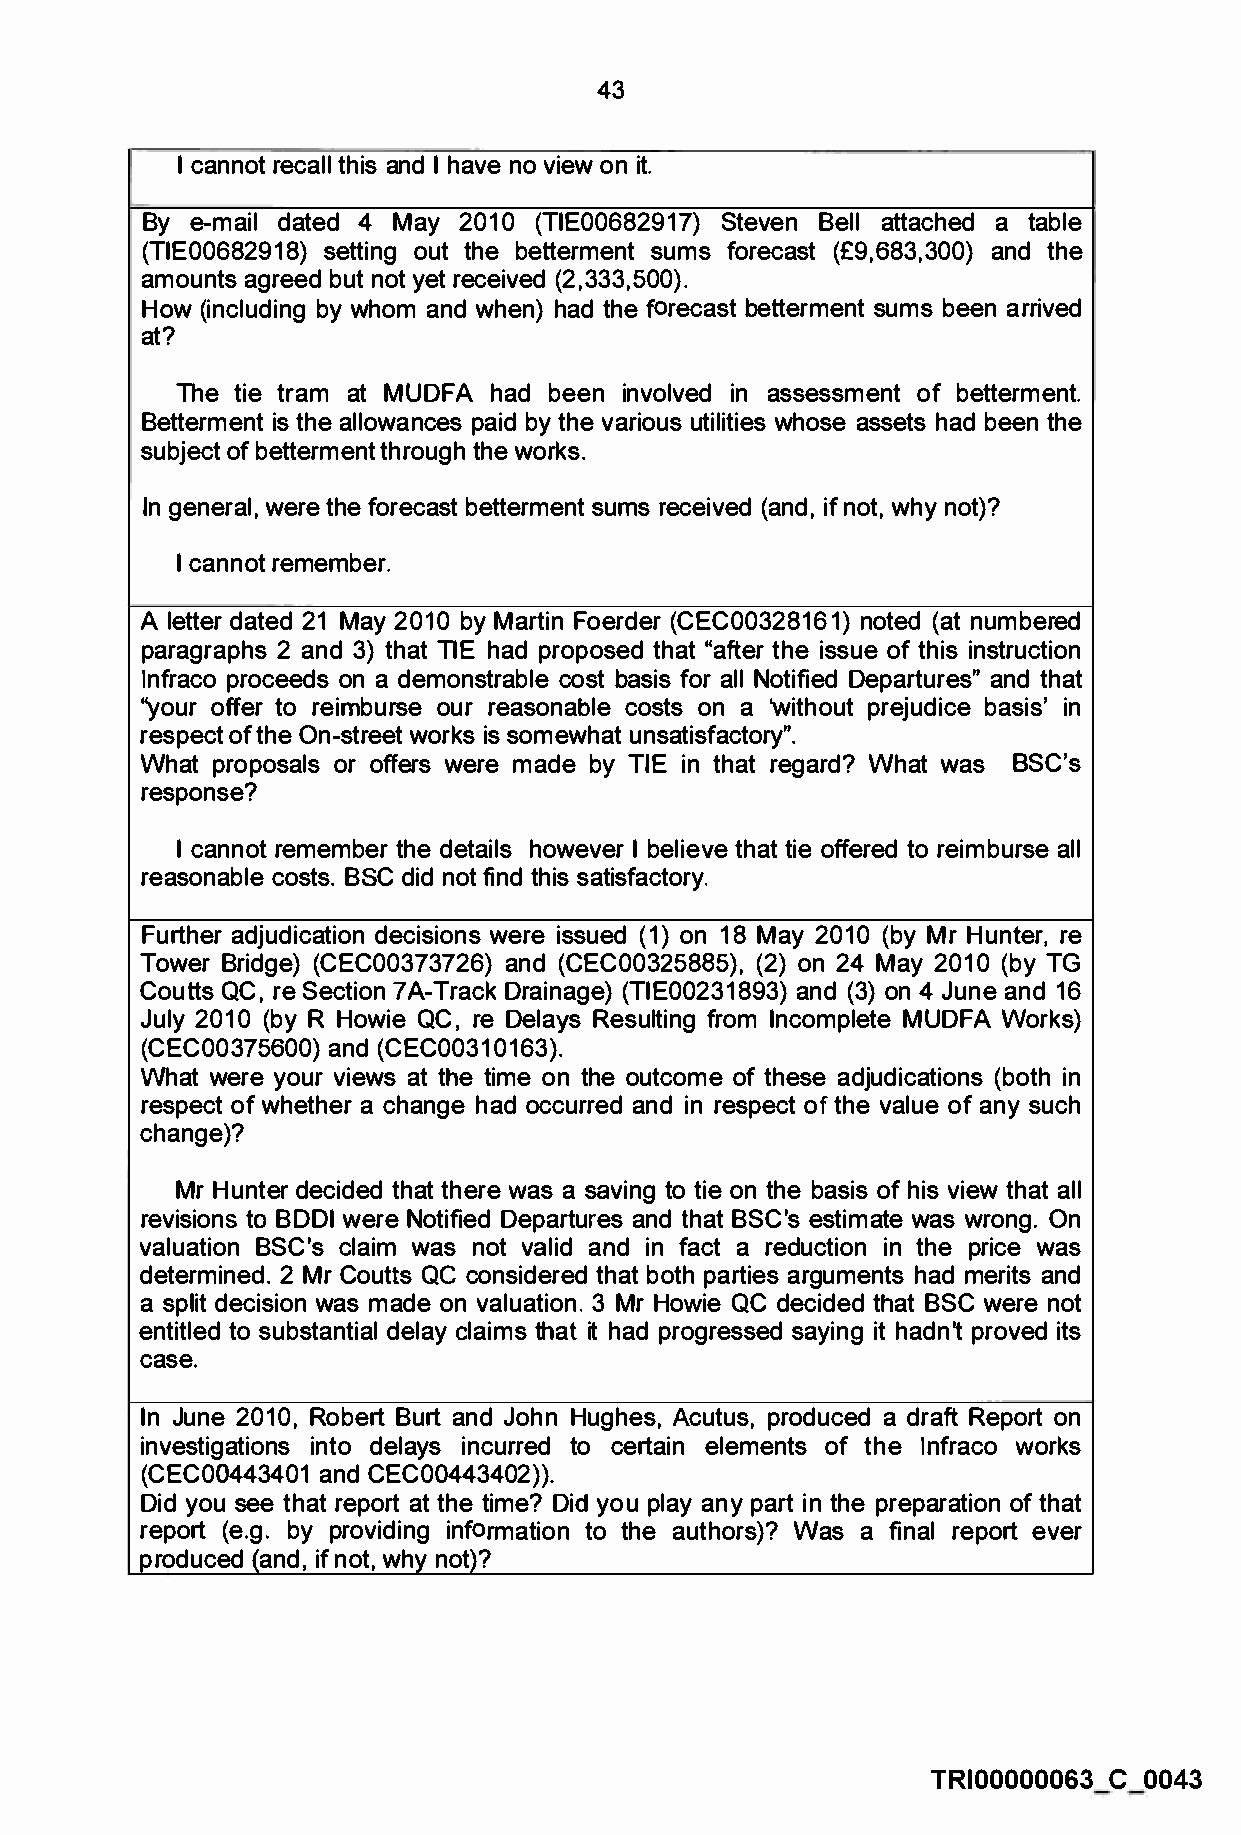
43
 I cannot recall this and I have no view on it.
 By  e-mail dated 4 May 2010 (TIE00682917) Steven Bell attached a table
 (TIE00682918) setting out the betterment sums forecast (£9,683,300) and the
 amounts agreed but not yet received (2,333,500).
 How (including by whom and when) had the forecast betterment sums been arrived
 at?
 The tie tram at MUDFA had been involved in assessment of betterment.
 Betterment is the allowances paid by the various utilities whose assets had been the
 subject of betterment through the works.
 In general, were the forecast betterment sums received (and, if not, why not)?
 I cannot remember.
 A letter dated 21 May 2010 by Martin Foerder (CEC00328161) noted (at numbered
 paragraphs 2 and 3) that TIE had proposed that "after the issue of this instruction
 lnfraco proceeds on a demonstrable cost basis for all Notified Departures" and that
 "your offer to reimburse our reasonable costs on a 'without prejudice basis' in
 respect of the On-street works is somewhat unsatisfactory".
 What proposals or offers were made by TIE in that regard? What was BSC's
 response?
 I cannot remember the details however I believe that tie offered to reimburse all
 reasonable costs. BSC did not find this satisfactory.
 Further adjudication decisions were issued (1) on 18 May 2010 (by Mr Hunter, re
 Tower Bridge) (CEC00373726) and (CEC00325885), (2) on 24 May 2010 (by TG
 Coutts QC, re Section ?A-Track Drainage) (TIE00231893) and (3) on 4 June and 16
 July 2010 (by R Howie QC, re Delays Resulting from Incomplete MUDFA Works)
 (CEC00375600) and (CEC00310163).
 What were your views at the time on the outcome of these adjudications (both in
 respect of whether a change had occurred and in respect of the value of any such
 change)?
 Mr Hunter decided that there was a saving to tie on the basis of his view that all
 revisions to BODI were Notified Departures and that BSC's estimate was wrong. On
 valuation BSC's claim was not valid and in fact a reduction in the price was
 determined. 2 Mr Coutts QC considered that both parties arguments had merits and
 a split decision was made on valuation. 3 Mr Howie QC decided that BSC were not
 entitled to substantial delay claims that it had progressed saying it hadn't proved its
 case.
 In June 2010, Robert Burt and John Hughes, Acutus, produced a draft Report on
 investigations into delays incurred to certain elements of the lnfraco works
 (CEC00443401 and CEC00443402)).
 Did you see that report at the time? Did you play any part in the preparation of that
 report (e.g. by providing information to the authors)? Was a final report ever
 produced {and, if not, why not)?
 TRI00000063 C 0043